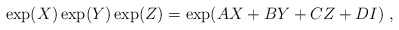
\begin{align*}\exp(X)\exp(Y)\exp(Z)=\exp({AX+BY+CZ+DI}) \ ,\end{align*}